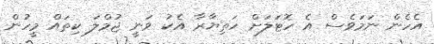
އެހެން ނަމަވެސް އެ ހޮޓަލަށް ހަތިޔާރާ އެކު ވަނީ ޖުމްލަ ކިތައް މީހުން